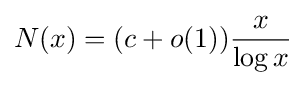
N(x)=(c+o(1)){\frac {x}{\log x}}